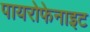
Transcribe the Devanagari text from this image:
पायरोफेनाइट